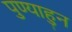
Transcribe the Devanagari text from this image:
पुण्याहुन